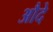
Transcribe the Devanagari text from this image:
औदे